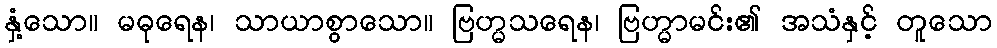
နှံ့သော။ မဓုရေန၊ သာယာစွာသော။ ဗြဟ္မသရေန၊ ဗြဟ္မာမင်း၏ အသံနှင့် တူသော